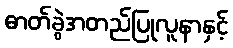
ဓာတ်ခွဲအတည်ပြုလူနာနှင့်